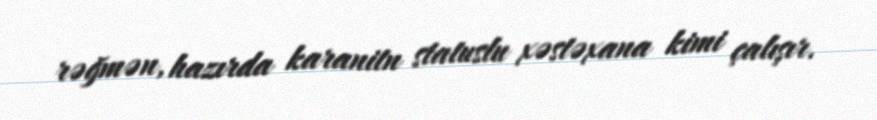
rəğmən, hazırda karanitn statuslu xəstəxana kimi çalışır.